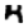
Digit: 4